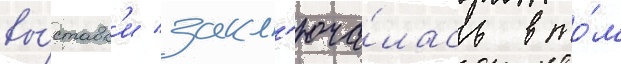
вы́ставк'и закл'юча́лась в то́м